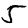
Digit: 5